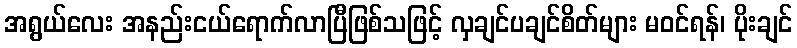
အရွယ်လေး အနည်းငယ်ရောက်လာပြီဖြစ်သဖြင့် လှချင်ပချင်စိတ်များ မဝင်ရန်၊ ပိုးချင်